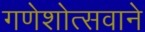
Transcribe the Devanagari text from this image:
गणेशोत्सवाने